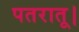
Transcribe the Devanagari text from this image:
पतरातू।